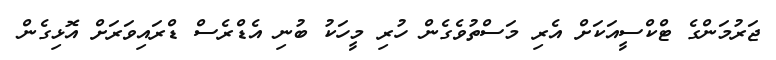
ޖަރުމަންގެ ޓްކްސީއަކަށް އެރި މަސްތުވެގެން ހުރި މީހަކު ބުނި އެޑްރެސް ޑްރައިވަރަށް އޮޅިގެން